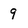
Character: 9